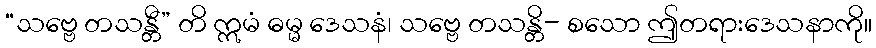
“သဗ္ဗေ တသန္တီ” တိ ဣမံ ဓမ္မ ဒေသနံ၊ သဗ္ဗေ တသန္တိ- စသော ဤတရားဒေသနာကို။